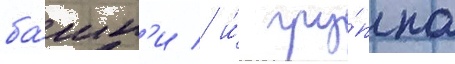
ба́шн'и / и́ гру́ппа